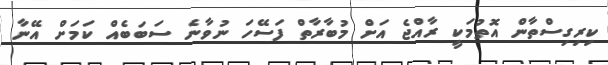
ކިރިގިސްތާން އޮތުމަކީ ރާއްޖެ އަށް މުބާރާތް ފަސޭހަ ނުވާނެ ސަބަބެއް ކަމަށް އޭނާ